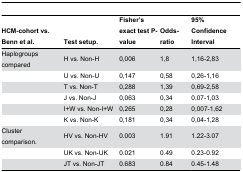
| HCM-cohort vs. Benn et al. | Test setup. | Fisher’s exact test P-value | Odds-ratio | 95% Confidence Interval |
 | --- | --- | --- | --- | --- |
 | Haplogroups compared | H vs. Non-H | 0,006 | 1,8 | 1,16-2,83 |
 |  | U vs. Non-U | 0,147 | 0,58 | 0,26-1,16 |
 |  | T vs. Non-T | 0,288 | 1,39 | 0,69-2,58 |
 |  | J vs. Non-J | 0,063 | 0,34 | 0,07-1,03 |
 |  | I+W vs. Non-I+W | 0,265 | 0,28 | 0,007-1,62 |
 |  | K vs. Non-K | 0,181 | 0,34 | 0,04-1,28 |
 | Cluster comparison. | HV vs. Non-HV | 0.003 | 1.91 | 1.22-3.07 |
 |  | UK vs. Non-UK | 0.021 | 0.49 | 0.23-0.92 |
 |  | JT vs. Non-JT | 0.683 | 0.84 | 0.45-1.48 |